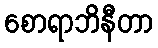
စောရာဘိနီတာ